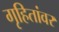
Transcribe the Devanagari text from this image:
गृहितांवर